Vaccine operations Central Provinces & Berar 1922-1929 - 1922-1929
Year: 1922
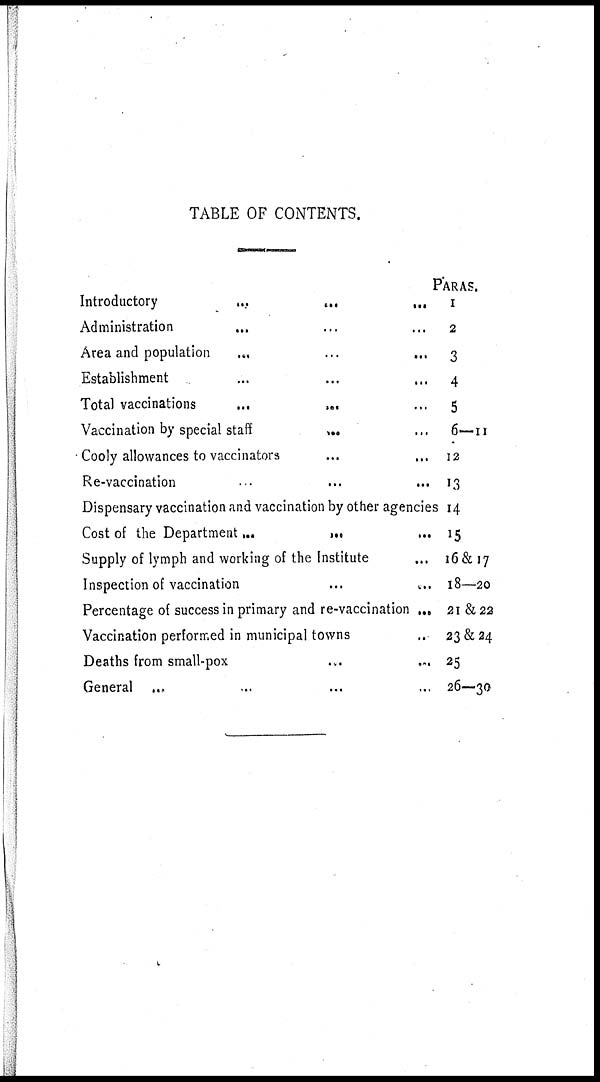
TABLE OF CONTENTS.
Introductory
...
...
...
Administration ... ... ...
Area and population
...
...
...
Establishment ... ... ...
Total vaccinations ... ... ...
Vaccination by special staff
...
...
Cooly allowances to vaccinators ... ...
Re-vaccination ... ... ...
Dispensary vaccination and vaccination by other agencies
Cost of the Department
...
...
...
Supply of lymph and working of the Institute ...
Inspection of vaccination
...
...
Percentage of success in primary and re-vaccination ...
Vaccination performed in municipal towns ...
Deaths from small-pox ... ...
General ... ... ... ...
PARAS.
1
2
3
4
5
6—11
12
13
14
15
16&17
18—20
21 &22
23&24
25
26—30